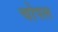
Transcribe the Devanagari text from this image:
चोपल